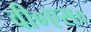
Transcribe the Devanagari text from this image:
वी०एस०